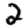
Digit: 2